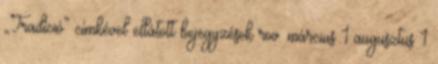
„Tradíció” címkével ellátott bejegyzések rov. március 1 augusztus 1